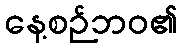
နေ့စဉ်ဘဝ၏